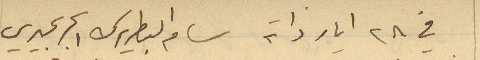
في ٢٨ أيار ذاته سام البطريرك %%